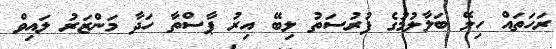
ރަހަތައް ހިލޭ ބަލާލުމުގެ ފުރުސަތު ލިބޭ އިރު ޕާސްތާ ހަދާ މަންޒަރު ލައިވް